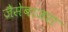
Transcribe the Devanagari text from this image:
जैसेबाजरा